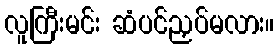
လူကြီးမင်း ဆံပင်ညှပ်မလား။